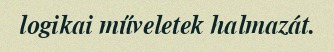
logikai műveletek halmazát.